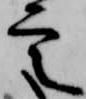
定